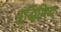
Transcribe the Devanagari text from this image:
बुद्धिप्रिय